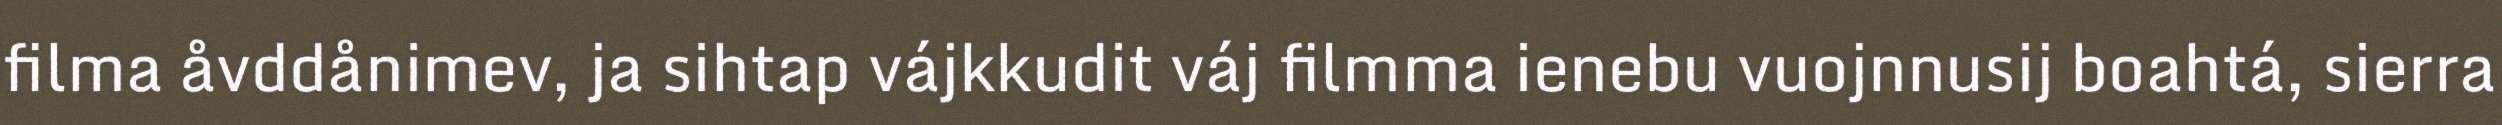
filma åvddånimev, ja sihtap vájkkudit váj filmma ienebu vuojnnusij boahtá, sierra